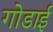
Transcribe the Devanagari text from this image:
गोडाई